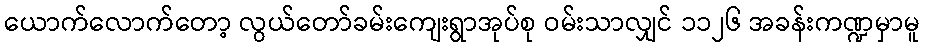
ယောက်လောက်တော့ လွယ်တော်ခမ်းကျေးရွာအုပ်စု ဝမ်းသာလျှင် ၁၁၂၆ အခန်းကဏ္ဍမှာမူ